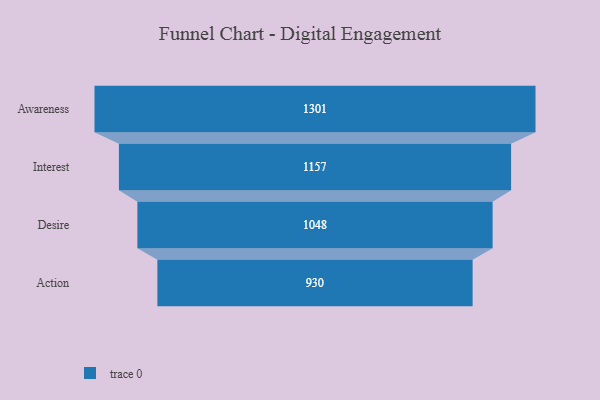
{"axis": {"x": "Stage", "y": "Value"}, "legend": [""], "data": [{"x": "Awareness", "y": 1301.0, "type": ""}, {"x": "Interest", "y": 1157.0, "type": ""}, {"x": "Desire", "y": 1048.0, "type": ""}, {"x": "Action", "y": 930.0, "type": ""}]}